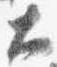
大